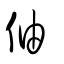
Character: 伷